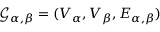
\mathcal { G } _ { \alpha , \beta } = ( V _ { \alpha } , V _ { \beta } , E _ { \alpha , \beta } )